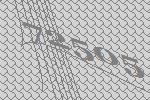
72505